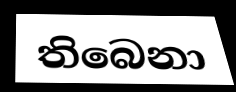
තිබෙනා